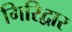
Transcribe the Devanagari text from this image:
गिरिद्वार